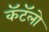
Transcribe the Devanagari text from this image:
कॅटॅलो